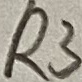
Text: R3